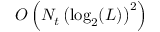
O \left( N _ { t } \left( \log _ { 2 } ( L ) \right) ^ { 2 } \right)